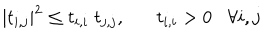
| t _ { i , j } | ^ { 2 } \leq t _ { i , i } \; t _ { j , j } , t _ { i , i } > 0 \forall i , j